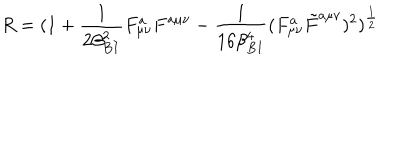
LaTeX: R = ( 1 + { \frac { 1 } { 2 \beta _ { B I } ^ { 2 } } } F _ { \mu \nu } ^ { a } F ^ { a \mu \nu } - { \frac { 1 } { 1 6 \beta _ { B I } ^ { 4 } } } ( F _ { \mu \nu } ^ { a } \tilde { F } ^ { a \mu \nu } ) ^ { 2 } ) ^ { \frac { 1 } { 2 } }